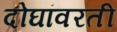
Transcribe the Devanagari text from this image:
दोघांवरती